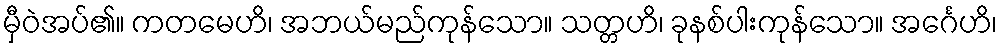
မှီဝဲအပ်၏။ ကတမေဟိ၊ အဘယ်မည်ကုန်သော။ သတ္တဟိ၊ ခုနစ်ပါးကုန်သော။ အင်္ဂေဟိ၊